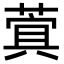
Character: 𮐖